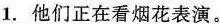
1.他们正在看烟花表演。